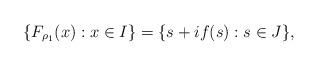
LaTeX: \begin{align*}\{F_{\rho_{1}}(x):x\in I\}=\{s+if(s):s\in J\},\end{align*}